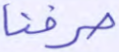
صرفنا